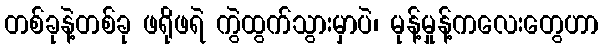
တစ်ခုနဲ့တစ်ခု ဖရိုဖရဲ ကွဲထွက်သွားမှာပဲ၊ မုန့်မှုန့်ကလေးတွေဟာ